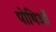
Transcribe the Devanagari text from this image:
पोथिओं